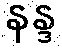
နန္ဒ